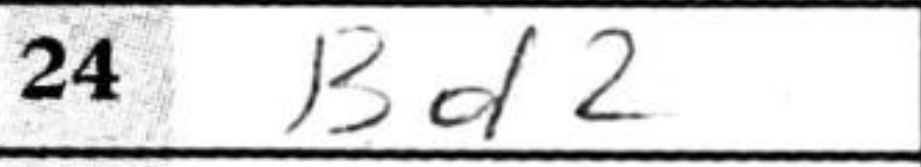
Transcription: Bd2